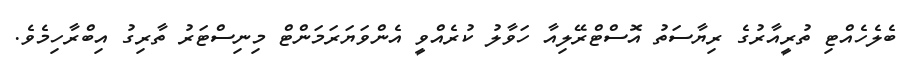
ބެލެހެއްޓި ތުރީއާރުގެ ރިޔާސަތު އޮސްޓްރޭލިއާ ހަވާލު ކުރެއްވީ އެންވަޔަރަމަންޓް މިނިސްޓަރު ތާރިގު އިބްރާހިމެވެ.